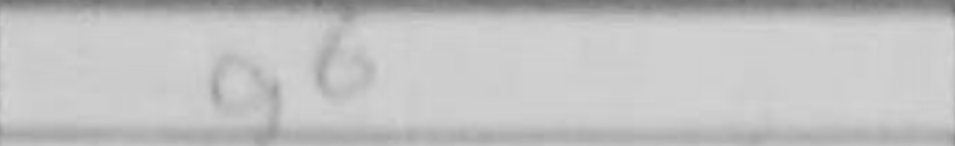
Transcription: g6